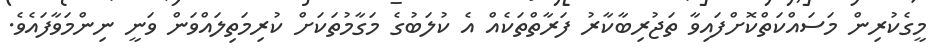
މީގެކުރިން މަސައްކަތްކޮށްފައިވާ ތަޖުރިބާކާރު ފަރާތްތަކެއް އެ ކުލަބުގެ މަގާމުތަކަށް ކުރިމަތިލައްވަން ވަނީ ނިންމަވާފައެވެ.